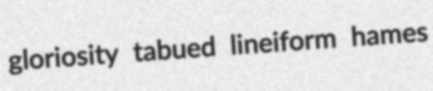
gloriosity tabued lineiform hames